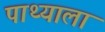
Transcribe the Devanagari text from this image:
पाथ्याला